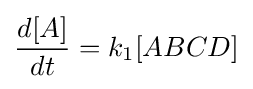
{\frac {d[A]}{dt}}=k_{1}[ABCD]